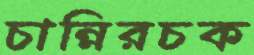
চান্নিরচক